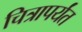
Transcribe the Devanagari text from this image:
चित्रापर्यंत